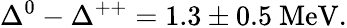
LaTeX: \Delta^{0}-\Delta^{++}=1.3\pm 0.5\mathrm{~MeV}.